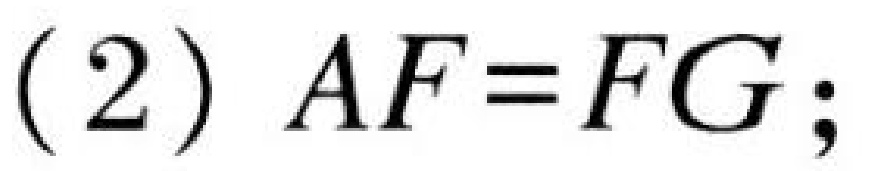
(2) $AF = FG$;